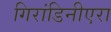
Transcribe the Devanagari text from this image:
गिरांडिनीएरा